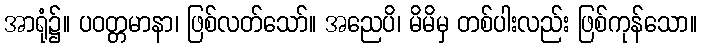
အာရုံ၌။ ပဝတ္တမာနာ၊ ဖြစ်လတ်သော်။ အညေပိ၊ မိမိမှ တစ်ပါးလည်း ဖြစ်ကုန်သော။